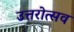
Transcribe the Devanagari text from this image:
उत्तरोत्सव